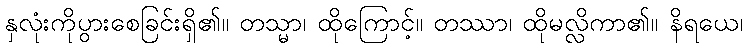
နှလုံးကိုပွားစေခြင်းရှိ၏။ တသ္မာ၊ ထိုကြောင့်။ တဿာ၊ ထိုမလ္လိကာ၏။ နိရယေ၊